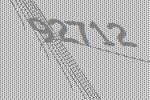
92712